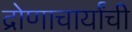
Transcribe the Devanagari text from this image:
द्रोणाचार्यांची